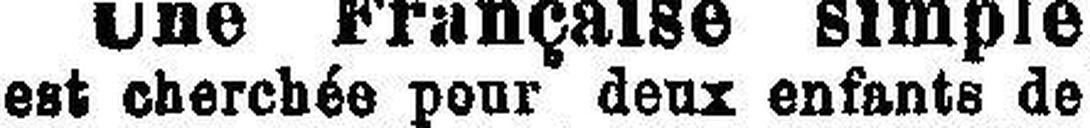
est cherchée pour deux enfants de